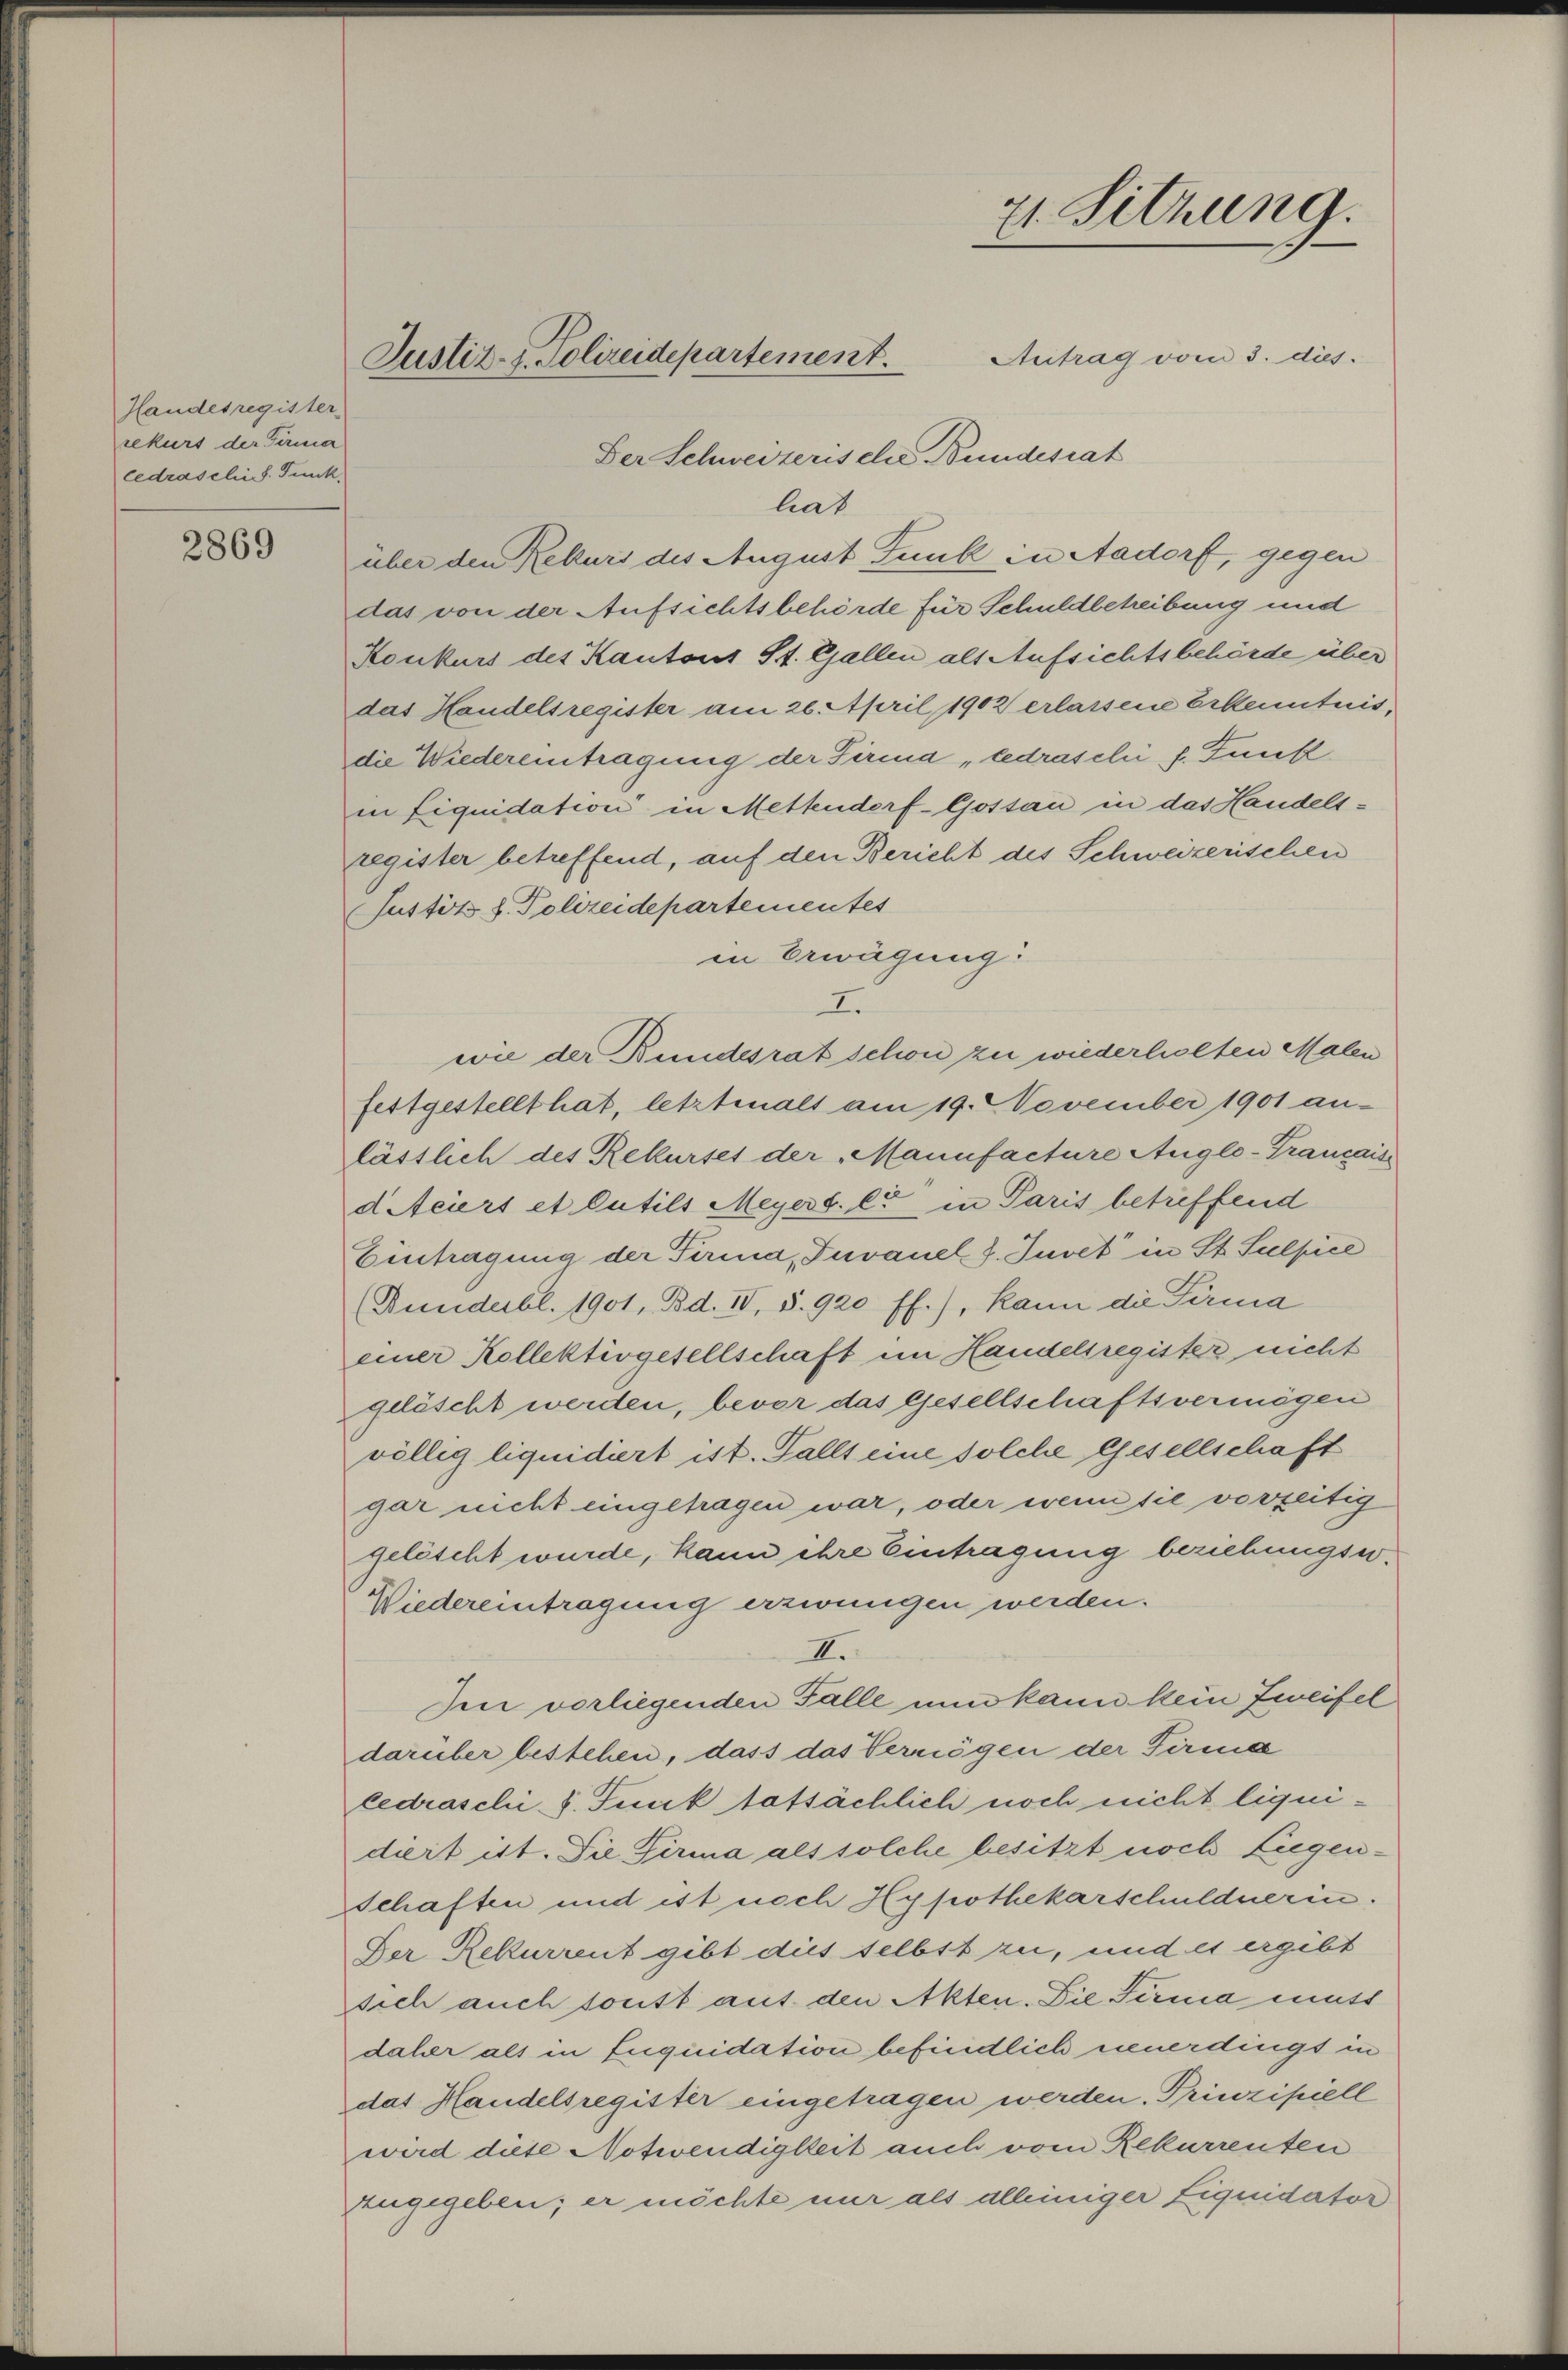
Handesregister
rekurs der Firma
cedraschied. Funk,

2869

21. Sitzung.
Justiz- & Polizeidepartement.
Antrag vom 3. dies
Der Schweizerische Bundesrat

hat
über den Rekurs des August Funk in Aadorf, gegen
das von der Aufsichtsbehörde für Schuldbetreibung und
Konkurs des Kantons St. Gallen als Aufsichtsbehörde über
das Handelsregister am 26. April 1902 erlassene Erkenntnis,
die Wiedereintragung der Firma „cedraschi f. Funk
in Liquidation in Mettenderf-Gostan in das Handelsregister betreffend, auf den Bericht des Schweizerischen
Justiz u. Polizeidepartementes
in Erwägung
I.
wie der Bundesrat schon zu wiederholten Malen
festgestellt hat, letztenals am 19. November 1901 an-
lässlich des Rekurses der „Manufacture Auglo-Trancais
d Meiers et Putils Meyers. es in Paris betreffend
Eintragung der Firma, Fuvanel 8. Juvet in St. Sulpice
(Bundesbl. 1901, Bd. II, S. 920 ff.), kann die Firma
einer Kollektivgesellschaft im Handelsregister nicht
gelöscht werden, bevor das Gesellschaftsvermögen
völlig liquidiert ist. Falls eine solche Gesellschaft
gar nicht eingetragen war, oder wenn sie vorzeitig
gelöscht wurde, kann ihre Eintragung beziehungsw.
Wiedereintragung erzwungen werden.
II.
Ien vorliegenden Falle nun kann kein Zweifel
darüber bestehen, dass das Vermögen der Firma
cedraschi. Funk tatsächlich noch nicht liquidiert ist. Die Firma als solche besitzt noch Eigenschaften und ist noch Hypothekarschuldnerin.
Der Rekurrent gibt dues selbst zu, und es ergibt
sich auch sonst auf den Akten. Die Firma mutt
daher als in Inquidation befindlich neuerdingt in
das Handelsregister eingetragen werden. Prinzipiell
wird diese Notwendigkeit auch vom Rekurrenten
zugegeben; er möchte nur als alleiniger Liquidator